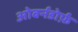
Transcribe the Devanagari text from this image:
ओबर्नडोर्फ़